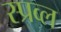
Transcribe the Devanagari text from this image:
स्प्रव्ल